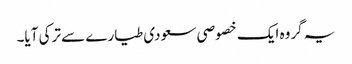
یہ گروہ ایک خصوصی سعودی طیارے سے ترکی آیا۔